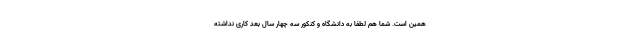
همین است. شما هم لطفا به دانشگاه و کنکور سه چهار سال بعد کاری نداشته